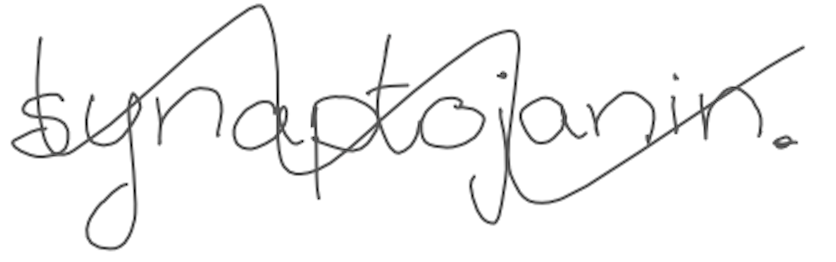
Text: synaptojanin.
Cross-out: wave
Writing tool: digital_gray